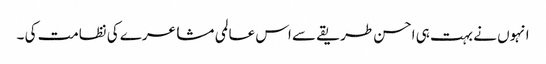
انہوں نے بہت ہی احسن طریقے سے اس عالمی مشاعرے کی نظامت کی ۔